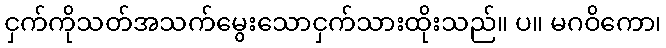
ငှက်ကိုသတ်အသက်မွေးသောငှက်သားထိုးသည်။ ပ။ မဂဝိကော၊